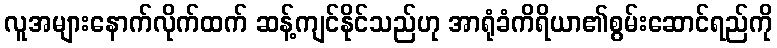
လူအများနောက်လိုက်ထက် ဆန့်ကျင်နိုင်သည်ဟု အာရုံခံကိရိယာ၏စွမ်းဆောင်ရည်ကို